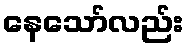
နေသော်လည်း